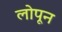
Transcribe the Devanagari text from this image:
लोपून